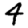
Digit: 4